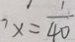
x = \frac { 1 } { 4 0 }